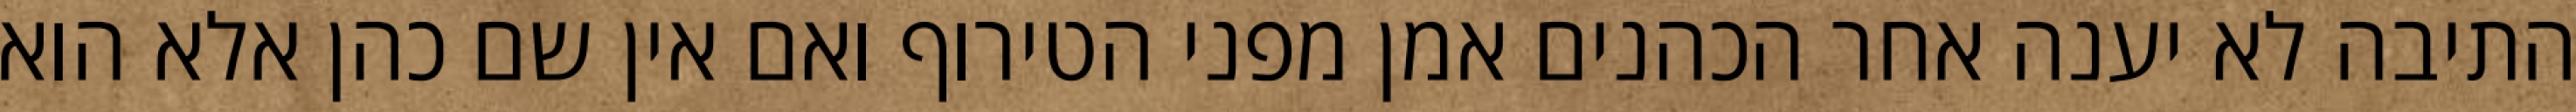
התיבה לא יענה אחר הכהנים אמן מפני הטירוף ואם אין שם כהן אלא הוא